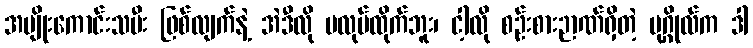
အမျိုးကောင်းသမီး ဖြစ်လျက်နဲ့ အဲဒီလို မလုပ်ထိုက်ဘူး၊ ငါ့လို စဉ်းစားဉာဏ်ရှိတဲ့ ပုဂ္ဂိုလ်က ဒါ